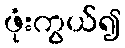
ဖုံးကွယ်၍